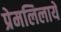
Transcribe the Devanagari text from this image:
प्रेमलिलायें